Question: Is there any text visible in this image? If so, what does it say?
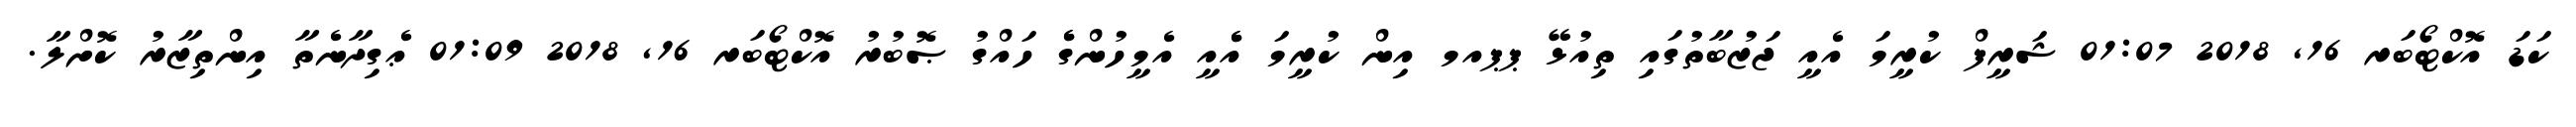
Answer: ކަޑަ އޮކްޓޯބަރ 16, 2018 01:07 ޝަރީފް ކުރީމަ އެއީ ޖަޒުބާތުގައި ތިއުޅޭ ޕޕއމ އިން ކުރީމަ އެެއީ އެމީހުންގެެ ހައްގު ޞޮބުރު އޮކްޓޯބަރ 16, 2018 01:09 ޢެގިދާނެތާ އިންތިޒާރު ކޮށްލާ.